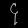
Digit: ၄